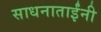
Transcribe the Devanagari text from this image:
साधनाताईंनी